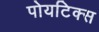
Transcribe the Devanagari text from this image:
पोयटिक्स